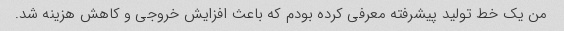
من یک خط تولید پیشرفته معرفی کرده بودم که باعث افزایش خروجی و کاهش هزینه شد.